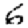
Digit: 6